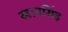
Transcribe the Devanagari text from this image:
खानसिंह